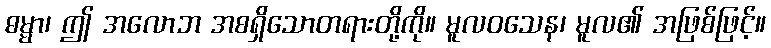
ဓမ္မာ၊ ဤ အလောဘ အစရှိသောတရားတို့ကို။ မူလဝသေန၊ မူလ၏ အဖြစ်ဖြင့်။